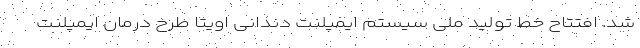
شد. افتتاح خط تولید ملی سیستم ایمپلنت دندانی اویتا طرح درمان ايمپلنت